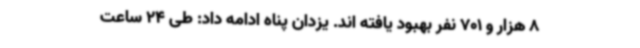
8 هزار و 701 نفر بهبود یافته اند. یزدان پناه ادامه داد: طی 24 ساعت